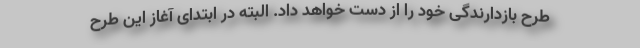
طرح بازدارندگی خود را از دست خواهد داد. البته در ابتدای آغاز این طرح